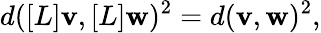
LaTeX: d([L]\mathbf{v},[L]\mathbf{w})^{2}=d(\mathbf{v},\mathbf{w})^{2},